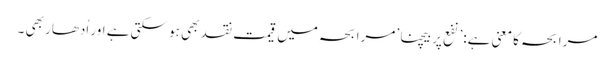
مرابحہ کا معنی ہے:’نفع پر بیچنا’ مرابحہ میں قیمت نقد بھی ہو سکتی ہے اور اُدھار بھی ۔